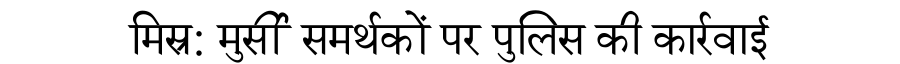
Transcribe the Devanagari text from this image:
मिस्र: मुर्सी समर्थकों पर पुलिस की कार्रवाई